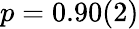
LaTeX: p=0.90(2)